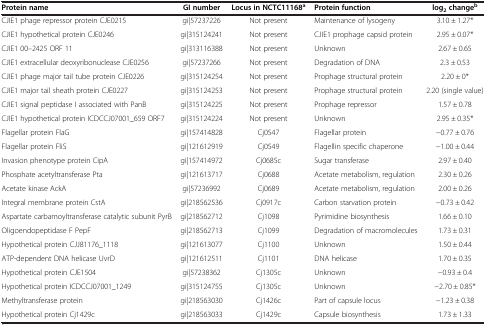
<table><thead><tr><td><b>Protein name</b></td><td><b>GI number</b></td><td><b>Locus in NCTC11168<sup>a</sup></b></td><td><b>Protein function</b></td><td><b>log<sub>2 </sub>change<sup>b</sup></b></td></tr></thead><tbody><tr><td>CJIE1 phage repressor protein CJE0215</td><td>gi|57237226</td><td>Not present</td><td>Maintenance of lysogeny</td><td>3.10 ± 1.27*</td></tr><tr><td>CJIE1 hypothetical protein CJE0246</td><td>gi|315124241</td><td>Not present</td><td>CJIE1 prophage capsid protein</td><td>2.95 ± 0.07*</td></tr><tr><td>CJIE1 00–2425 ORF 11</td><td>gi|313116388</td><td>Not present</td><td>Unknown</td><td>2.67 ± 0.65</td></tr><tr><td>CJIE1 extracellular deoxyribonuclease CJE0256</td><td>gi|57237266</td><td>Not present</td><td>Degradation of DNA</td><td>2.3 ± 0.53</td></tr><tr><td>CJIE1 phage major tail tube protein CJE0226</td><td>gi|315124254</td><td>Not present</td><td>Prophage structural protein</td><td>2.20 ± 0*</td></tr><tr><td>CJIE1 major tail sheath protein CJE0227</td><td>gi|315124253</td><td>Not present</td><td>Prophage structural protein</td><td>2.20 (single value)</td></tr><tr><td>CJIE1 signal peptidase I associated with PanB</td><td>gi|315124225</td><td>Not present</td><td>Prophage repressor</td><td>1.57 ± 0.78</td></tr><tr><td>CJIE1 hypothetical protein ICDCCJ07001_659 ORF7</td><td>gi|315124224</td><td>Not present</td><td>Unknown</td><td>2.95 ± 0.35*</td></tr><tr><td>Flagellar protein FlaG</td><td>gi|157414828</td><td>Cj0547</td><td>Flagellar protein</td><td>−0.77 ± 0.76</td></tr><tr><td>Flagellar protein FliS</td><td>gi|121612919</td><td>Cj0549</td><td>Flagellin specific chaperone</td><td>−1.00 ± 0.44</td></tr><tr><td>Invasion phenotype protein CipA</td><td>gi|157414972</td><td>Cj0685c</td><td>Sugar transferase</td><td>2.97 ± 0.40</td></tr><tr><td>Phosphate acetyltransferase Pta</td><td>gi|121613717</td><td>Cj0688</td><td>Acetate metabolism, regulation</td><td>2.30 ± 0.26</td></tr><tr><td>Acetate kinase AckA</td><td>gi|57236992</td><td>Cj0689</td><td>Acetate metabolism, regulation</td><td>2.00 ± 0.26</td></tr><tr><td>Integral membrane protein CstA</td><td>gi|218562536</td><td>Cj0917c</td><td>Carbon starvation protein</td><td>−0.73 ± 0.42</td></tr><tr><td>Aspartate carbamoyltransferase catalytic subunit PyrB</td><td>gi|218562712</td><td>Cj1098</td><td>Pyrimidine biosynthesis</td><td>1.66 ± 0.10</td></tr><tr><td>Oligoendopeptidase F PepF</td><td>gi|218562713</td><td>Cj1099</td><td>Degradation of macromolecules</td><td>1.73 ± 0.31</td></tr><tr><td>Hypothetical protein CJJ81176_1118</td><td>gi|121613077</td><td>Cj1100</td><td>Unknown</td><td>1.50 ± 0.44</td></tr><tr><td>ATP-dependent DNA helicase UvrD</td><td>gi|121612511</td><td>Cj1101</td><td>DNA helicase</td><td>1.70 ± 0.35</td></tr><tr><td>Hypothetical protein CJE1504</td><td>gi|57238362</td><td>Cj1305c</td><td>Unknown</td><td>−0.93 ± 0.4</td></tr><tr><td>Hypothetical protein ICDCCJ07001_1249</td><td>gi|315124755</td><td>Cj1305c</td><td>Unknown</td><td>−2.70 ± 0.85*</td></tr><tr><td>Methyltransferase protein</td><td>gi|218563030</td><td>Cj1426c</td><td>Part of capsule locus</td><td>−1.23 ± 0.38</td></tr><tr><td>Hypothetical protein Cj1429c</td><td>gi|218563033</td><td>Cj1429c</td><td>Capsule biosynthesis</td><td>1.73 ± 1.33</td></tr></tbody></table>